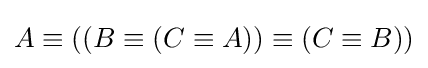
A\equiv ((B\equiv (C\equiv A))\equiv (C\equiv B))